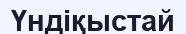
Үндіқыстай